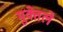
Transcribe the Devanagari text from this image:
मुक्तेले